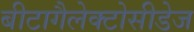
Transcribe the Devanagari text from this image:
बीटागैलेक्टोसीडेज